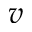
v